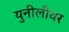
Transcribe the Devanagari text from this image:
युनीलीवर